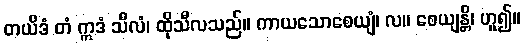
တယိဒံ တံ ဣဒံ သီလံ၊ ထိုသီလသည်။ ကာယသောစေယျံ၊ လ။ စေယျန္တိ၊ ဟူ၍။